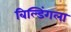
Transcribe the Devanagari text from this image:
बिल्डिंगला